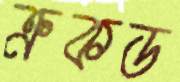
ক্রকড